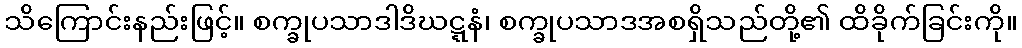
သိကြောင်းနည်းဖြင့်။ စက္ခုပသာဒါဒိဃဋ္ဋနံ၊ စက္ခုပသာဒအစရှိသည်တို့၏ ထိခိုက်ခြင်းကို။